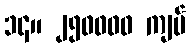
၁၄။ ၂၅၀၀၀၀ ကျပ်